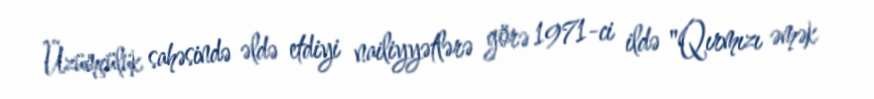
Üzümçülük sahəsində əldə etdiyi nailiyyətlərə görə 1971-ci ildə "Qırmızı əmək